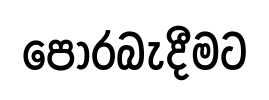
පොරබැදීමට